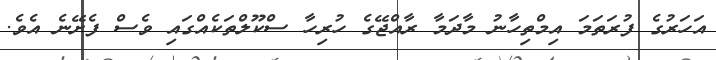
އަހަރުގެ ފުރަތަމަ އިމްތިހާނު މާދަމާ ރާއްޖޭގެ ހުރިހާ ސްކޫލްތަކެއްގައި ވެސް ފެށޭނެ އެވެ.